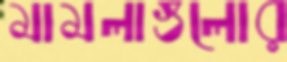
মামলাগুলোর